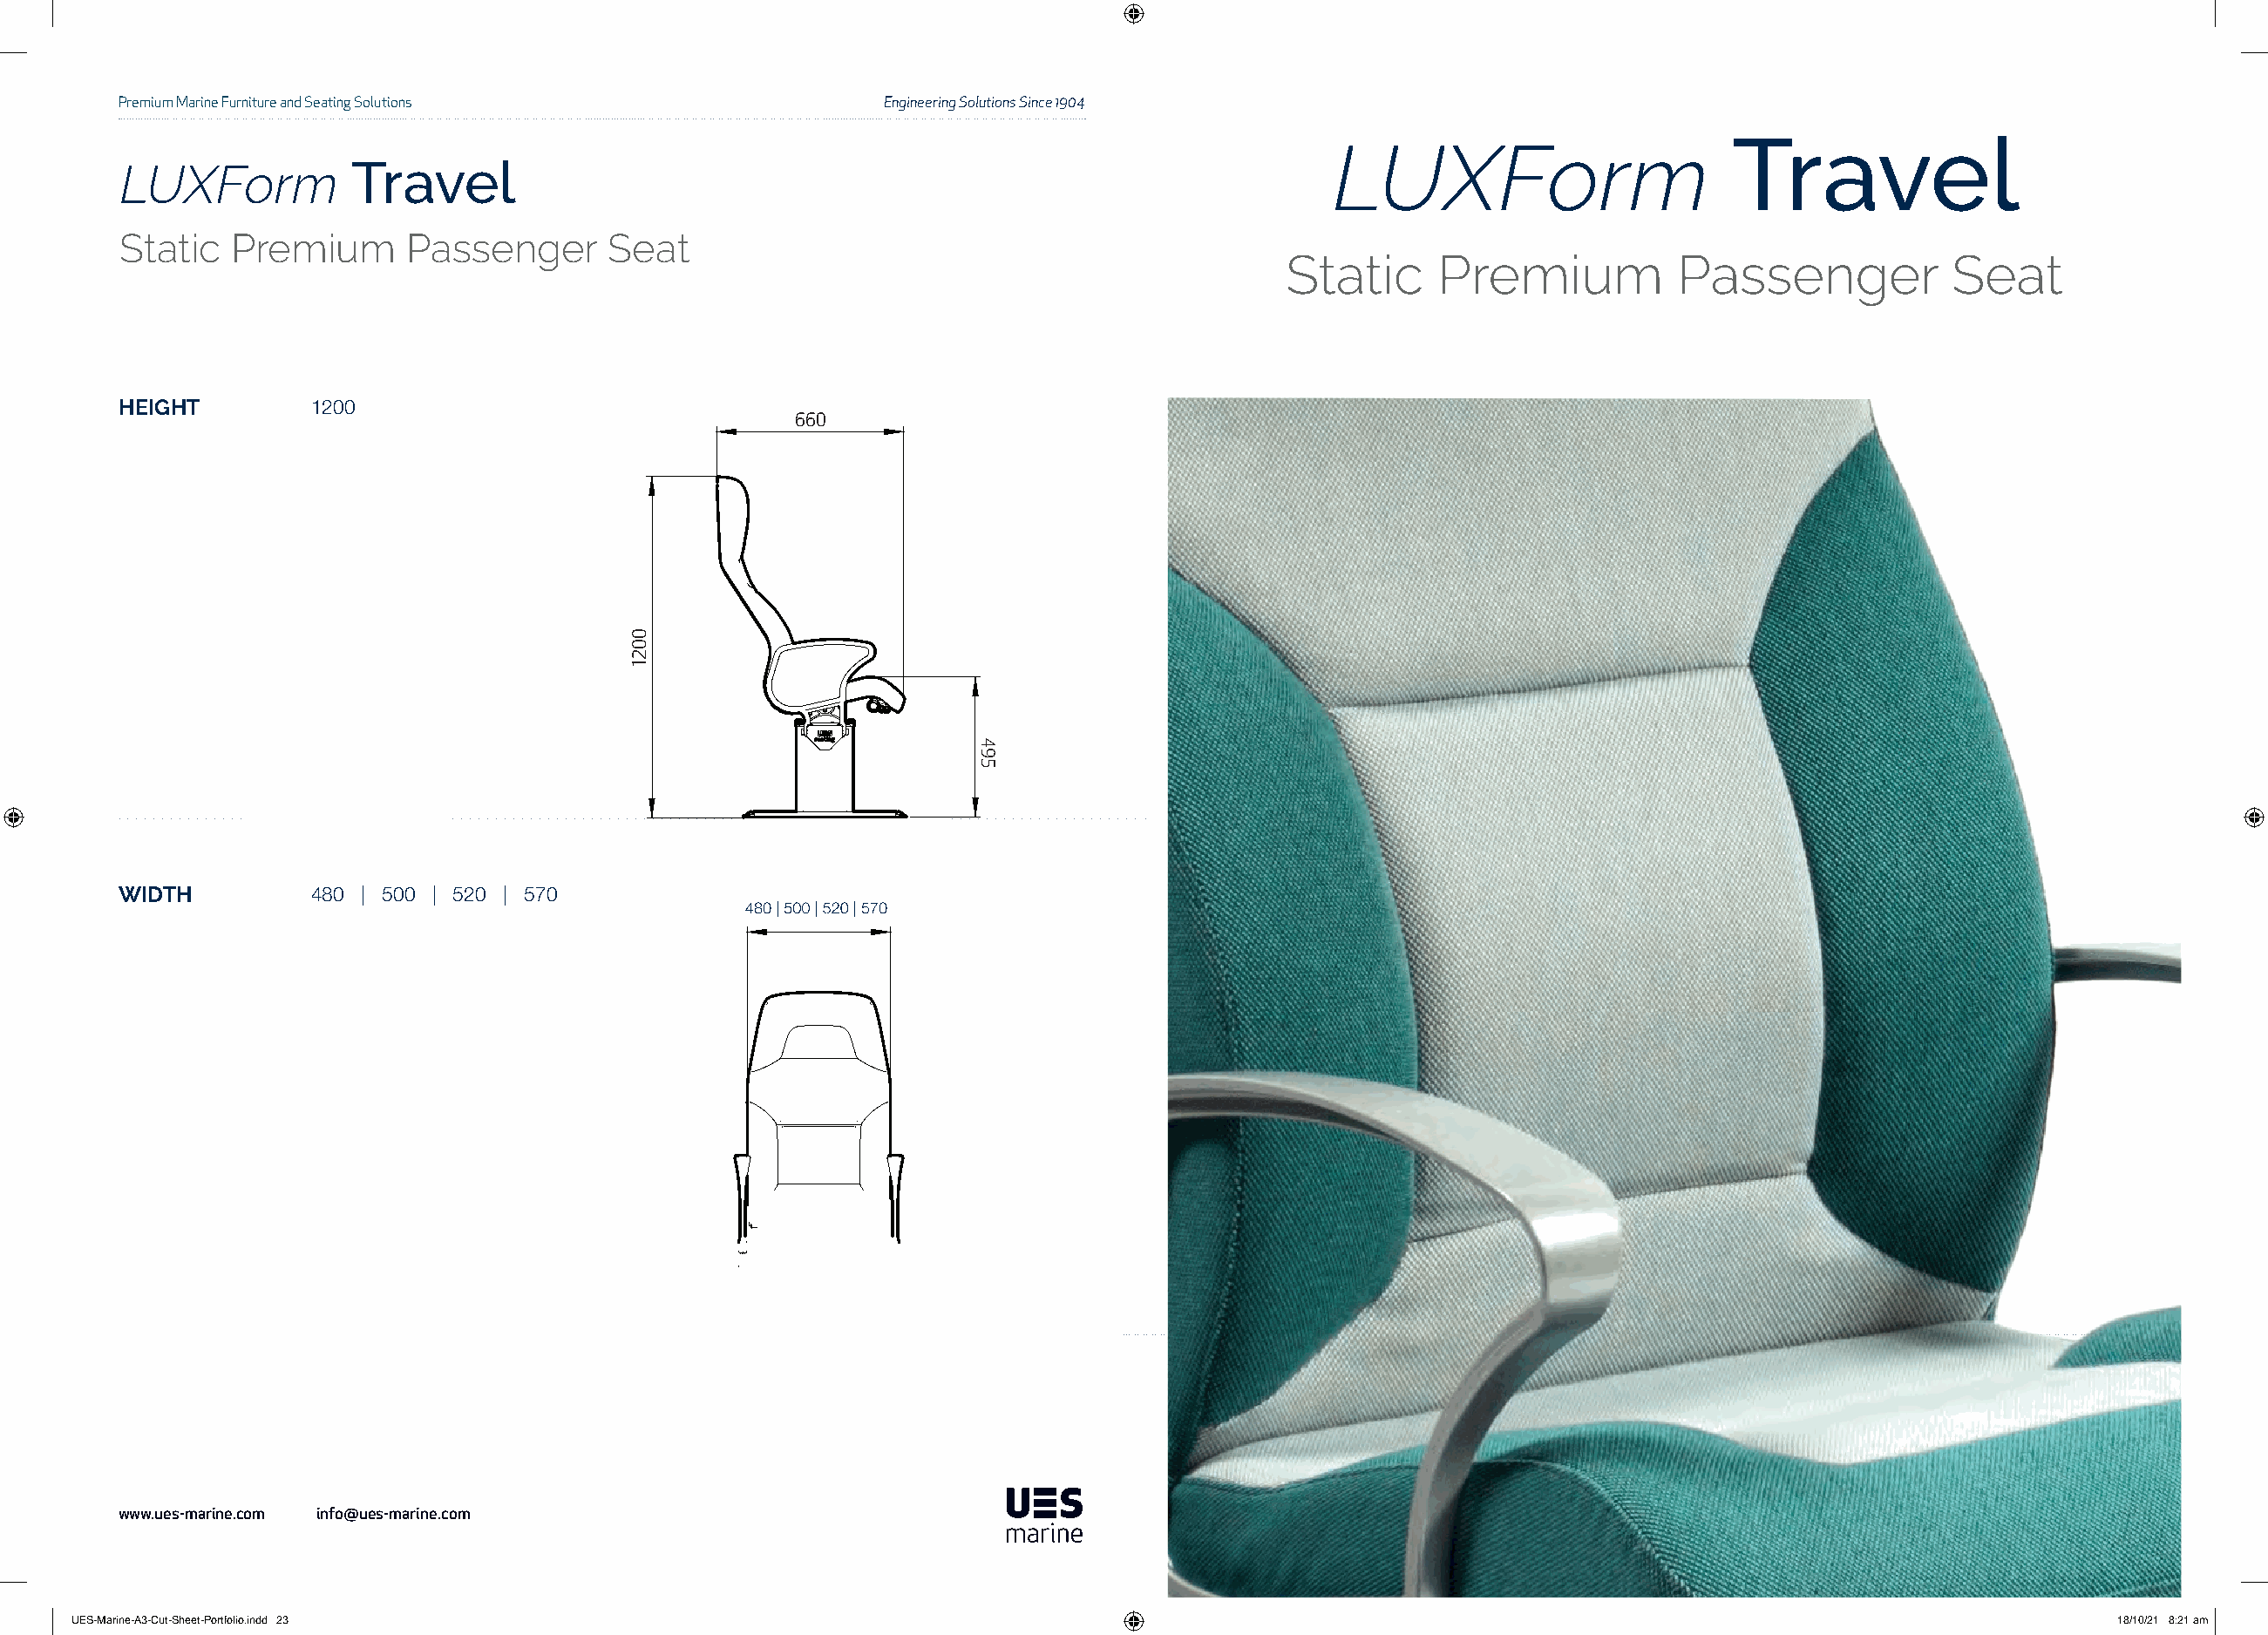
Premium Marine Furniture and Seating Solutions            Engineering Solutions Since 1904
 Travel
 LUXForm
 LUXForm           Travel
 Static   Premium      Passenger      Seat
 Static     Premium           Passenger            Seat
 HEIGHT         1200
 660
 WIDTH          480 | 500 | 520 | 570
 www.ues-marine.com info@ues-marine.com
 UUEESS--MMaarriinnee--AA33--CCuutt--SShheeeett--PPoorrttffoolliioo..iinndddd 2233                                                                           1188//1100//2211 88::2211 aamm
 0021
 495